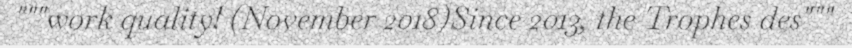
"""work quality! (November 2018)Since 2013, the Trophes des"""